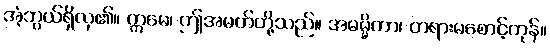
အံ့ဘွယ်ရှိလှ၏။ ဣမေ၊ ဤအမတ်တို့သည်။ အဓမ္မိကာ၊ တရားမစောင့်ကုန်။